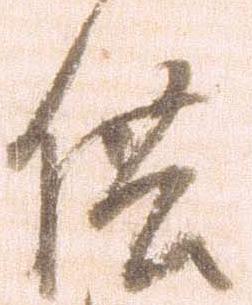
供